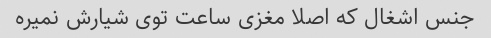
جنس اشغال که اصلا مغزی ساعت توی شیارش نمیره